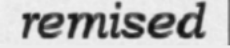
remised